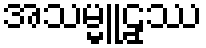
အသမ္မူဠှဿ